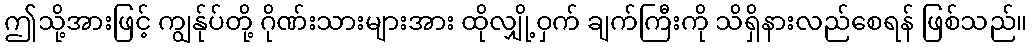
ဤသို့အားဖြင့် ကျွန်ုပ်တို့ ဂိုဏ်းသားများအား ထိုလျှို့ဝှက် ချက်ကြီးကို သိရှိနားလည်စေရန် ဖြစ်သည်။